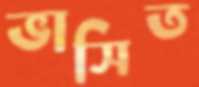
ভাসিত